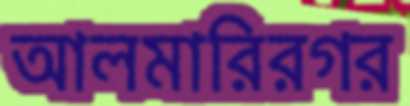
আলমারিরগর